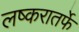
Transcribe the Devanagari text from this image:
लष्करातर्फे